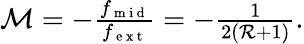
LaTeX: \begin{array}{r}{\mathcal{M}=-\frac{f_{\mathrm{~m~i~d~}}}{f_{\mathrm{~e~x~t~}}}=-\frac{1}{2(\mathcal{R}+1)}.}\end{array}